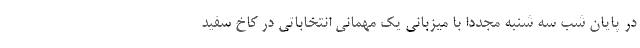
در پایان شب سه شنبه مجددا با میزبانی یک مهمانی انتخاباتی در کاخ سفید